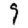
Digit: 9